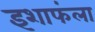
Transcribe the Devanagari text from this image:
इशाफंला